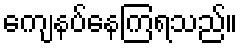
ကျေနပ်နေကြရသည်။